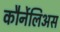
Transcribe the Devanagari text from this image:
कौर्नेलिअस